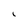
Character: L